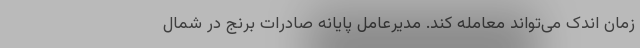
زمان اندک می‌تواند معامله کند. مدیرعامل پایانه صادرات برنج در شمال